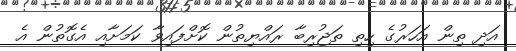
އަދި ތިން އަހަރުގެ ހިތި ތަޖުރިބާ ރައްޔިތުން ކޮށްފައިވާ ކަމަށާއި އެގޮތުން އެ